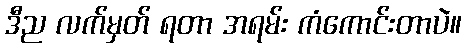
ဒီည လက်မှတ် ရတာ အရမ်း ကံကောင်းတာပဲ။